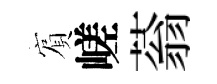
賔嵯蓊